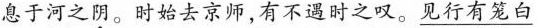
息于河之阴。时始去京师，有不遇时之叹。\underline{见行有笼白}